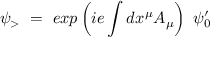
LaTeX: \psi _ { > } ~ = ~ e x p \left( i e \int d x ^ { \mu } A _ { \mu } \right) ~ \psi _ { 0 } ^ { \prime }